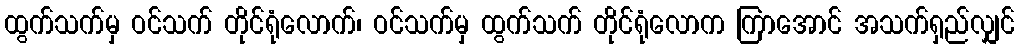
ထွက်သက်မှ ဝင်သက် တိုင်ရုံလောက်၊ ဝင်သက်မှ ထွက်သက် တိုင်ရုံလောက ကြာအောင် အသက်ရှည်လျှင်